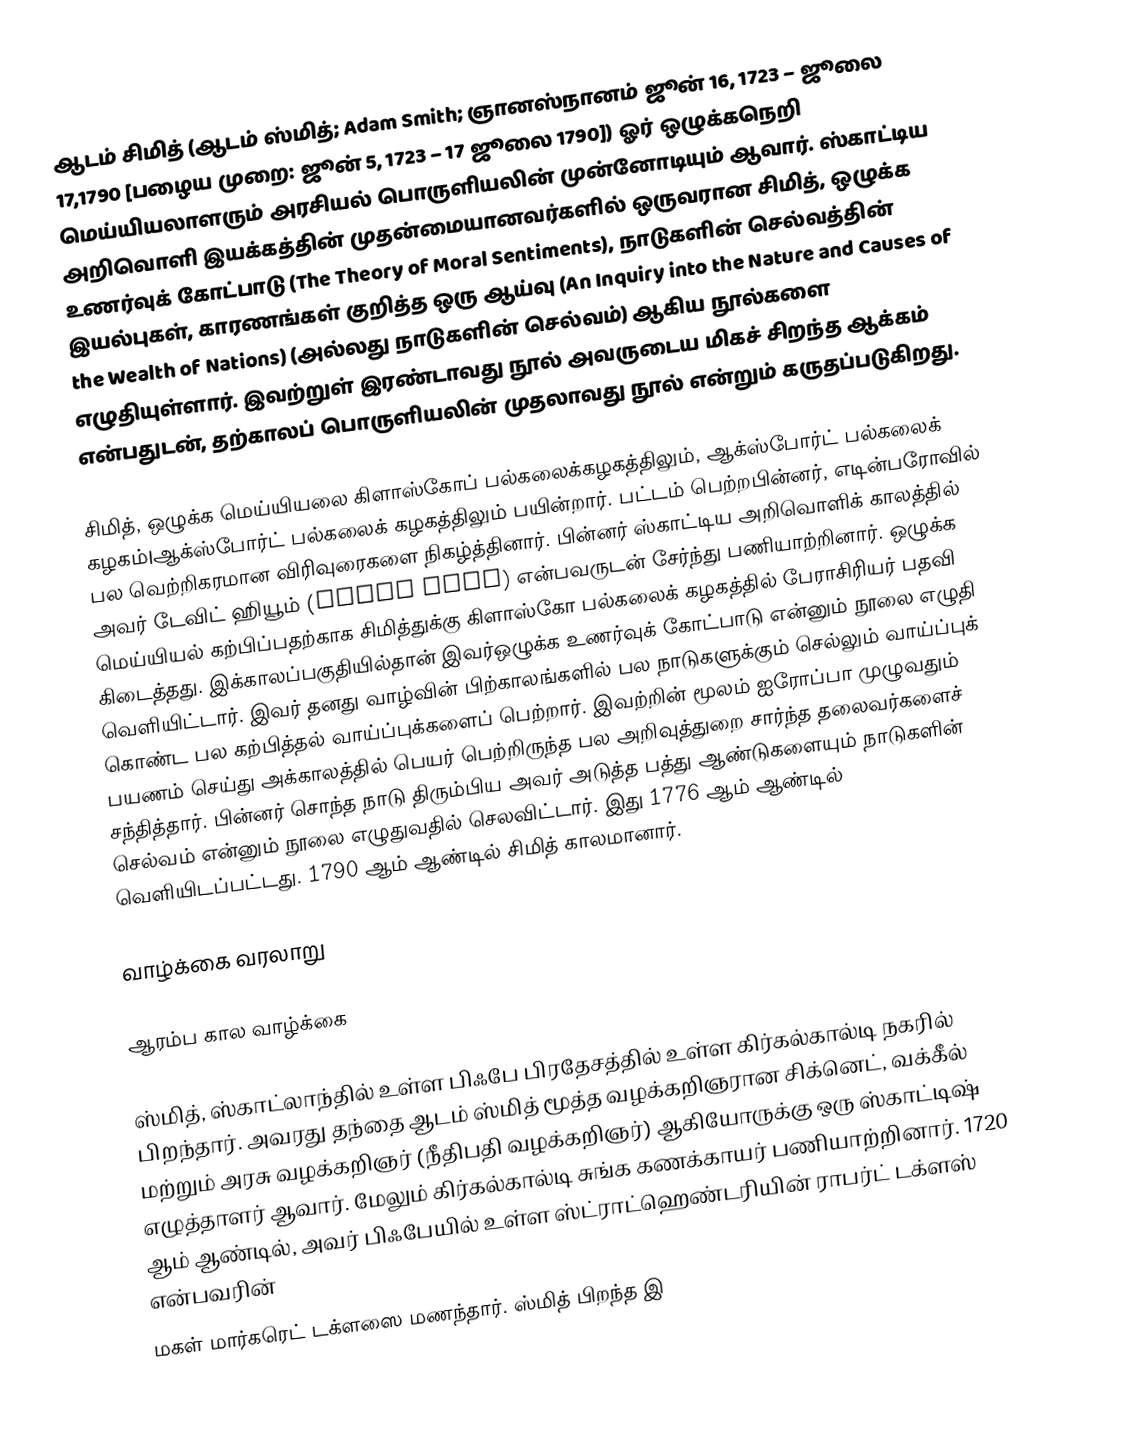
ஆடம் சிமித் (ஆடம் ஸ்மித்; Adam Smith; ஞானஸ்நானம் ஜூன் 16, 1723 – ஜூலை 17,1790 [பழைய முறை: ஜூன் 5, 1723 – 17 ஜூலை 1790]) ஓர் ஒழுக்கநெறி மெய்யியலாளரும் அரசியல் பொருளியலின் முன்னோடியும் ஆவார். ஸ்காட்டிய அறிவொளி இயக்கத்தின் முதன்மையானவர்களில்  ஒருவரான சிமித், ஒழுக்க உணர்வுக் கோட்பாடு (The Theory of Moral Sentiments), நாடுகளின் செல்வத்தின் இயல்புகள், காரணங்கள் குறித்த ஒரு ஆய்வு (An Inquiry into the Nature and Causes of the Wealth of Nations) (அல்லது நாடுகளின் செல்வம்) ஆகிய நூல்களை எழுதியுள்ளார். இவற்றுள் இரண்டாவது நூல் அவருடைய மிகச் சிறந்த ஆக்கம் என்பதுடன், தற்காலப் பொருளியலின் முதலாவது நூல் என்றும் கருதப்படுகிறது.

சிமித், ஒழுக்க மெய்யியலை கிளாஸ்கோப் பல்கலைக்கழகத்திலும், ஆக்ஸ்போர்ட் பல்கலைக் கழகம்|ஆக்ஸ்போர்ட் பல்கலைக் கழகத்திலும் பயின்றார். பட்டம் பெற்றபின்னர், எடின்பரோவில் பல வெற்றிகரமான விரிவுரைகளை நிகழ்த்தினார். பின்னர் ஸ்காட்டிய அறிவொளிக் காலத்தில் அவர் டேவிட் ஹியூம் (David Hume) என்பவருடன் சேர்ந்து பணியாற்றினார். ஒழுக்க மெய்யியல் கற்பிப்பதற்காக சிமித்துக்கு கிளாஸ்கோ பல்கலைக் கழகத்தில் பேராசிரியர் பதவி கிடைத்தது. இக்காலப்பகுதியில்தான் இவர்ஒழுக்க உணர்வுக் கோட்பாடு என்னும் நூலை எழுதி வெளியிட்டார். இவர் தனது வாழ்வின் பிற்காலங்களில் பல நாடுகளுக்கும் செல்லும் வாய்ப்புக் கொண்ட பல கற்பித்தல் வாய்ப்புக்களைப் பெற்றார். இவற்றின் மூலம் ஐரோப்பா முழுவதும் பயணம் செய்து அக்காலத்தில் பெயர் பெற்றிருந்த பல அறிவுத்துறை சார்ந்த தலைவர்களைச் சந்தித்தார். பின்னர் சொந்த நாடு திரும்பிய அவர் அடுத்த பத்து ஆண்டுகளையும் நாடுகளின் செல்வம் என்னும் நூலை எழுதுவதில் செலவிட்டார். இது 1776 ஆம் ஆண்டில் வெளியிடப்பட்டது. 1790 ஆம் ஆண்டில் சிமித் காலமானார்.

வாழ்க்கை வரலாறு

ஆரம்ப கால வாழ்க்கை

ஸ்மித், ஸ்காட்லாந்தில் உள்ள பிஃபே பிரதேசத்தில் உள்ள கிர்கல்கால்டி நகரில் பிறந்தார். அவரது தந்தை ஆடம் ஸ்மித் மூத்த வழக்கறிஞரான சிக்னெட், வக்கீல் மற்றும் அரசு வழக்கறிஞர் (நீதிபதி வழக்கறிஞர்) ஆகியோருக்கு ஒரு ஸ்காட்டிஷ் எழுத்தாளர் ஆவார்.  மேலும் கிர்கல்கால்டி சுங்க கணக்காயர்  பணியாற்றினார். 1720 ஆம் ஆண்டில், அவர் பிஃபேயில் உள்ள ஸ்ட்ராட்ஹெண்டரியின் ராபர்ட் டக்ளஸ் என்பவரின்
மகள் மார்கரெட் டக்ளஸை மணந்தார். ஸ்மித் பிறந்த இ